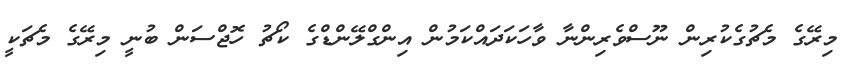
މިރޭގެ މެޗުގެކުރިން ނޫސްވެރިންނާ ވާހަކަދައްކަމުން އިންގްލޭންޑްގެ ކޯޗު ހޮޖްސަން ބުނީ މިރޭގެ މެޗަކީ